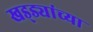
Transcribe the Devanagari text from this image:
खड्ड्यांच्या